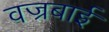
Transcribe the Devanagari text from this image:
वज्रबाई